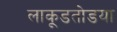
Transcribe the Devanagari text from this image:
लाकूडतोडया